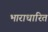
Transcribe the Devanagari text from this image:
भाराधारित